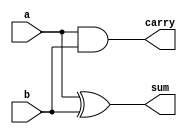
// design: describes the behaviour of system
// methodology: gate level modelling
module halfadder1(output sum, carry, input a, b);
  
  xor a1(sum, a, b);
  and a2(carry, a, b);
  
endmodule

// testbench: to check if the design codes are correct

module halfadder1_tb();
  
  wire sum;
  wire carry;

  reg a,b;
  
  halfadder1 m1 (sum, carry, a, b);

 initial begin

	$dumpfile("dump.vcd");
    
    $dumpvars(1);

	    a=0; b=0;
    #20 a=1; b=0;
    #20 a=0; b=1;
    #20 a=1; b=1;
    #30 $stop;

 end
endmodule